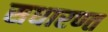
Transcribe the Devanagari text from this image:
सधारण्त